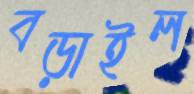
বড়াইল